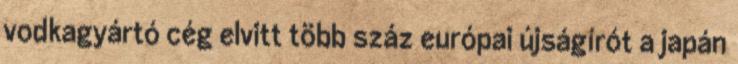
vodkagyártó cég elvitt több száz európai újságírót a japán